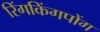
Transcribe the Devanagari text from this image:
रिंगकिंगपोंग